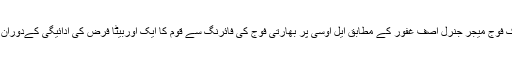
ترجمان پاک فوج میجر جنرل آصف غفور کے مطابق ایل اوسی پر بھارتی فوج کی فائرنگ سے قوم کا ایک اوربیٹا فرض کی ادائیگی کےدوران شہید ہوگیا۔